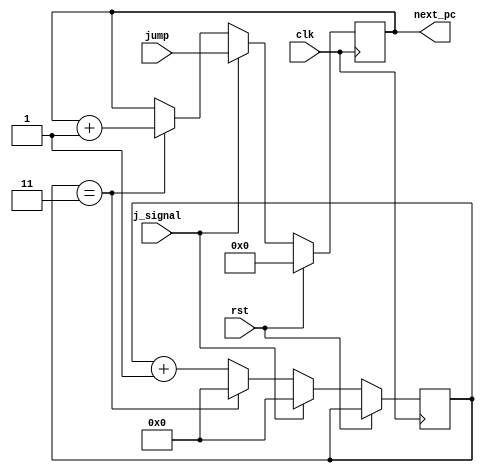
module PC(
  input clk,
  input rst,
  input j_signal,
  input [31:0] jump,
  output[31:0] next_pc
);
  reg [31:0] next_pc_reg = 0;
  reg [3:0] cyc_4 = 4'b1111;

  always @ (posedge clk) begin
    if(rst)
      next_pc_reg <= 31'd0;
    else if(j_signal) begin
      next_pc_reg <= jump;
      cyc_4 <= 3'b0;
    end
    else if(cyc_4 == 32'd3) begin
      next_pc_reg <= next_pc_reg + 32'b1;
      cyc_4 <= 3'b0;
    end
    else begin
      cyc_4 <= cyc_4 + 3'b1;
    end
  end
  assign next_pc = next_pc_reg;
endmodule